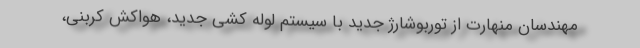
مهندسان منهارت از توربوشارژ جدید با سیستم لوله کشی جدید، هواکش کربنی،